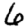
Digit: 6